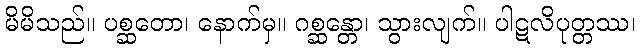
မိမိသည်။ ပစ္ဆတော၊ နောက်မှ။ ဂစ္ဆန္တော၊ သွားလျက်။ ပါဋလိပုတ္တဿ၊